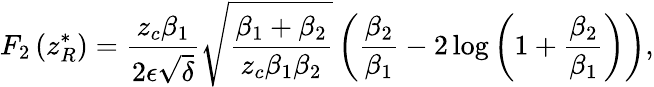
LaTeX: F_{2}\left(z_{R}^{*}\right)=\frac{z_{c}\beta_{1}}{2\epsilon\sqrt{\delta}}\sqrt{\frac{\beta_{1}+\beta_{2}}{z_{c}\beta_{1}\beta_{2}}}\left(\frac{\beta_{2}}{\beta_{1}}-2\log{\left(1+\frac{\beta_{2}}{\beta_{1}}\right)}\right),